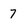
Character: 7